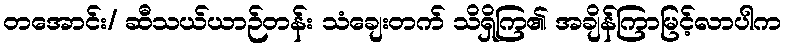
တအောင်း/ ဆီသယ်ယာဉ်တန်း သံချေးတက် သိရှိကြ၏ အချိန်ကြာမြင့်လာပါက